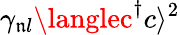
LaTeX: \gamma_{\mathfrak{n}l}\langlec^{\dagger}c\rangle^{2}